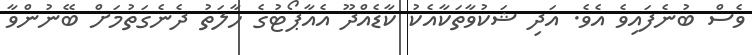
ވެސް ބުނެފައިވެ އެވެ. އަދި ޝަކުވާތަކާއެކު ކާޑެއްދޫ އެއާޕޯޓުގެ ހާލަތު ދެނެގަތުމަށް ބޭނުންވާ